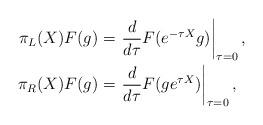
LaTeX: \begin{align*} \pi_L(X) F(g) &= \left. \frac{d}{d\tau} F(e^{-\tau X}g) \right|_{\tau=0}, \\ \pi_R(X) F(g) &= \left. \frac{d}{d\tau} F(ge^{\tau X}) \right|_{\tau=0}, \end{align*}